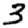
Digit: 3